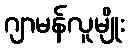
ဂျာမန်လူမျိုး